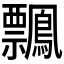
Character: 𪇃